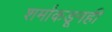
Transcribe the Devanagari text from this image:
शर्मांकडूनही